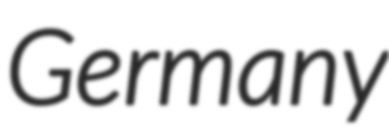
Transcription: Germany